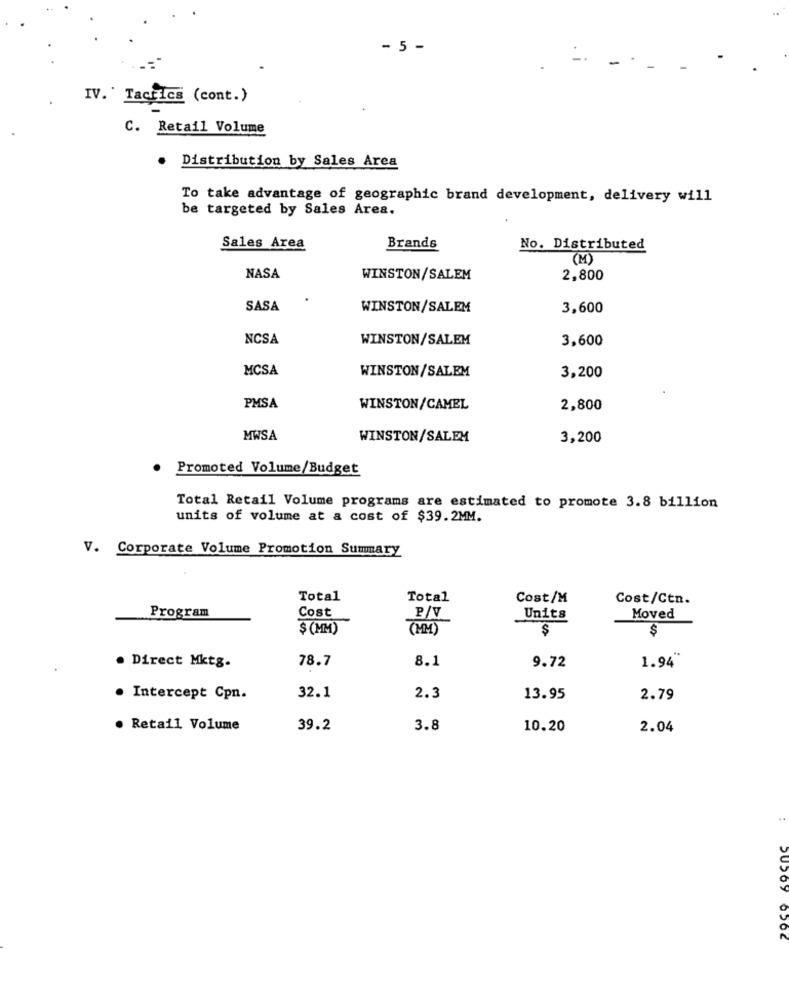
- 5 -
IV. ' Tactics (cont.)
C. Retail Volume
. Distribution by Sales Area
To take advantage of geographic brand development, delivery will
be targeted by Sales Area.
Sales Area
Brands
No. Distributed
(M)
NASA
WINSTON/SALEM
2,800
SASA
WINSTON/SALEM
3,600
NCSA
WINSTON/SALEM
3,600
MCSA
WINSTON/SALEM
3,200
PMSA
WINSTON/CAMEL
2,800
MWSA
WINSTON/SALEM
3,200
Promoted Volume/Budget
Total Retail Volume programs are estimated to promote 3.8 billion
units of volume at a cost of $39.2MM.
V. Corporate Volume Promotion Summary
Total
Total
Cost/M
Cost/Ctn.
Program
Cost
P/V
Units
Moved
$ (MM)
(MM)
$
$
78.7
8.1
1.94
. Direct Mktg.
9.72
. Intercept Cpn.
32.1
2.3
13.95
2.79
. Retail Volume
39.2
3.8
10.20
2.04